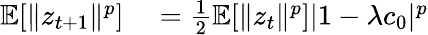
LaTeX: \begin{array}{rl}{\mathbb{E}[\| z_{t+1}\| ^{p}]}&{{}=\frac{1}{2}\mathbb{E}[\| z_{t}\| ^{p}]|1-\lambda c_{0}|^{p}}\end{array}